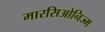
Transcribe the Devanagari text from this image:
मारसिओनिज्म